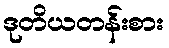
ဒုတိယတန်းစား